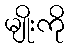
မျိုးကို